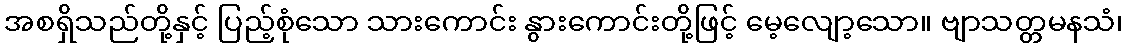
အစရှိသည်တို့နှင့် ပြည့်စုံသော သားကောင်း နွားကောင်းတို့ဖြင့် မေ့လျော့သော။ ဗျာသတ္တမနသံ၊